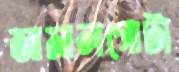
জামালগোটা